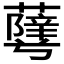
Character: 𱾹